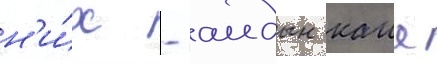
н'и́х - аидын каия